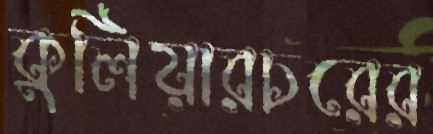
কুলিয়ারচরের